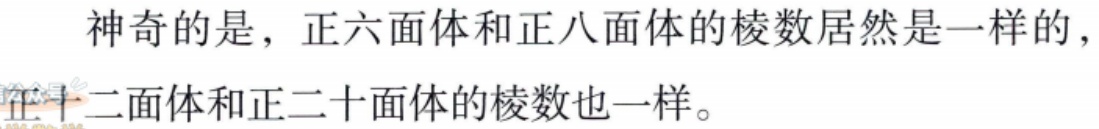
神奇的是，正六面体和正八面体的棱数居然是一样的，正十二面体和正二十面体的棱数也一样。